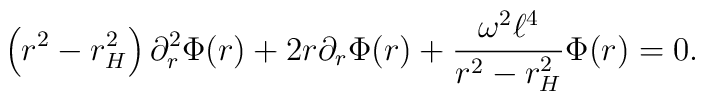
\left(r^2-r_H^2 \right)\partial_r^2 \Phi(r)+2r\partial_r \Phi(r)+\frac{\omega^2 \ell^4}{r^2 -r_H^2}\Phi(r)=0.